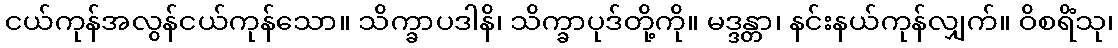
ငယ်ကုန်အလွန်ငယ်ကုန်သော။ သိက္ခာပဒါနိ၊ သိက္ခာပုဒ်တို့ကို။ မဒ္ဒန္တာ၊ နင်းနယ်ကုန်လျှက်။ ဝိစရိံသု၊